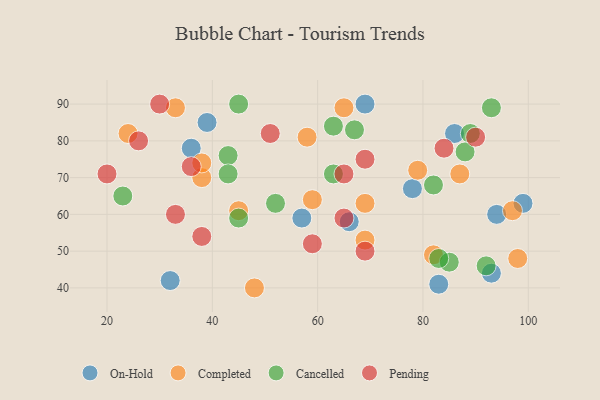
{"axis": {"x": "GDP", "y": "Life Expectancy"}, "legend": ["Cancelled", "Completed", "On-Hold", "Pending"], "data": [{"x": "32", "y": 42, "type": "On-Hold"}, {"x": "39", "y": 85, "type": "On-Hold"}, {"x": "78", "y": 67, "type": "On-Hold"}, {"x": "57", "y": 59, "type": "On-Hold"}, {"x": "93", "y": 44, "type": "On-Hold"}, {"x": "86", "y": 82, "type": "On-Hold"}, {"x": "69", "y": 90, "type": "On-Hold"}, {"x": "36", "y": 78, "type": "On-Hold"}, {"x": "94", "y": 60, "type": "On-Hold"}, {"x": "83", "y": 41, "type": "On-Hold"}, {"x": "99", "y": 63, "type": "On-Hold"}, {"x": "66", "y": 58, "type": "On-Hold"}, {"x": "97", "y": 61, "type": "Completed"}, {"x": "48", "y": 40, "type": "Completed"}, {"x": "69", "y": 53, "type": "Completed"}, {"x": "79", "y": 72, "type": "Completed"}, {"x": "98", "y": 48, "type": "Completed"}, {"x": "38", "y": 70, "type": "Completed"}, {"x": "87", "y": 71, "type": "Completed"}, {"x": "33", "y": 89, "type": "Completed"}, {"x": "58", "y": 81, "type": "Completed"}, {"x": "65", "y": 89, "type": "Completed"}, {"x": "82", "y": 49, "type": "Completed"}, {"x": "38", "y": 74, "type": "Completed"}, {"x": "59", "y": 64, "type": "Completed"}, {"x": "45", "y": 61, "type": "Completed"}, {"x": "24", "y": 82, "type": "Completed"}, {"x": "69", "y": 63, "type": "Completed"}, {"x": "89", "y": 82, "type": "Cancelled"}, {"x": "43", "y": 76, "type": "Cancelled"}, {"x": "63", "y": 71, "type": "Cancelled"}, {"x": "88", "y": 77, "type": "Cancelled"}, {"x": "63", "y": 84, "type": "Cancelled"}, {"x": "45", "y": 59, "type": "Cancelled"}, {"x": "52", "y": 63, "type": "Cancelled"}, {"x": "82", "y": 68, "type": "Cancelled"}, {"x": "67", "y": 83, "type": "Cancelled"}, {"x": "45", "y": 90, "type": "Cancelled"}, {"x": "23", "y": 65, "type": "Cancelled"}, {"x": "43", "y": 71, "type": "Cancelled"}, {"x": "92", "y": 46, "type": "Cancelled"}, {"x": "85", "y": 47, "type": "Cancelled"}, {"x": "93", "y": 89, "type": "Cancelled"}, {"x": "83", "y": 48, "type": "Cancelled"}, {"x": "90", "y": 81, "type": "Pending"}, {"x": "30", "y": 90, "type": "Pending"}, {"x": "33", "y": 60, "type": "Pending"}, {"x": "69", "y": 50, "type": "Pending"}, {"x": "20", "y": 71, "type": "Pending"}, {"x": "84", "y": 78, "type": "Pending"}, {"x": "51", "y": 82, "type": "Pending"}, {"x": "26", "y": 80, "type": "Pending"}, {"x": "69", "y": 75, "type": "Pending"}, {"x": "65", "y": 71, "type": "Pending"}, {"x": "65", "y": 59, "type": "Pending"}, {"x": "36", "y": 73, "type": "Pending"}, {"x": "38", "y": 54, "type": "Pending"}, {"x": "59", "y": 52, "type": "Pending"}]}